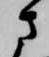
さ